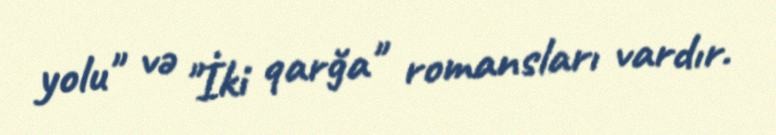
yolu" və "İki qarğa" romansları vardır.